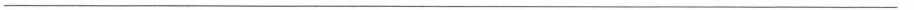
___